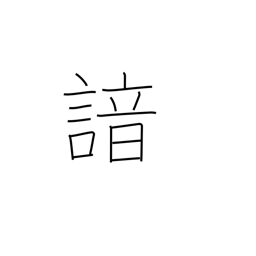
Meaning: recite from memory